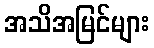
အသိအမြင်များ